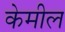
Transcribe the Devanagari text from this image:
केमील